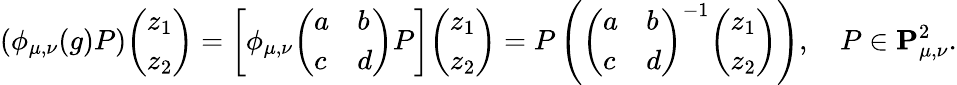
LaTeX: (\phi_{\mu,\nu}(g)P){\left(\begin{array}{l}{z_{1}}\\ {z_{2}}\end{array}\right)}=\left[\phi_{\mu,\nu}{\left(\begin{array}{ll}{a}&{b}\\ {c}&{d}\end{array}\right)}P\right]{\left(\begin{array}{l}{z_{1}}\\ {z_{2}}\end{array}\right)}=P\left({\left(\begin{array}{ll}{a}&{b}\\ {c}&{d}\end{array}\right)}^{-1}{\left(\begin{array}{l}{z_{1}}\\ {z_{2}}\end{array}\right)}\right),\quad P\in\mathbf{P}_{\mu,\nu}^{2}.